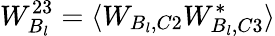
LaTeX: W_{B_{l}}^{23}=\langle W_{B_{l},C2}W_{B_{l},C3}^{*}\rangle